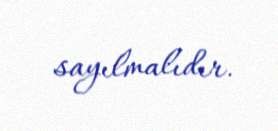
sayılmalıdır.